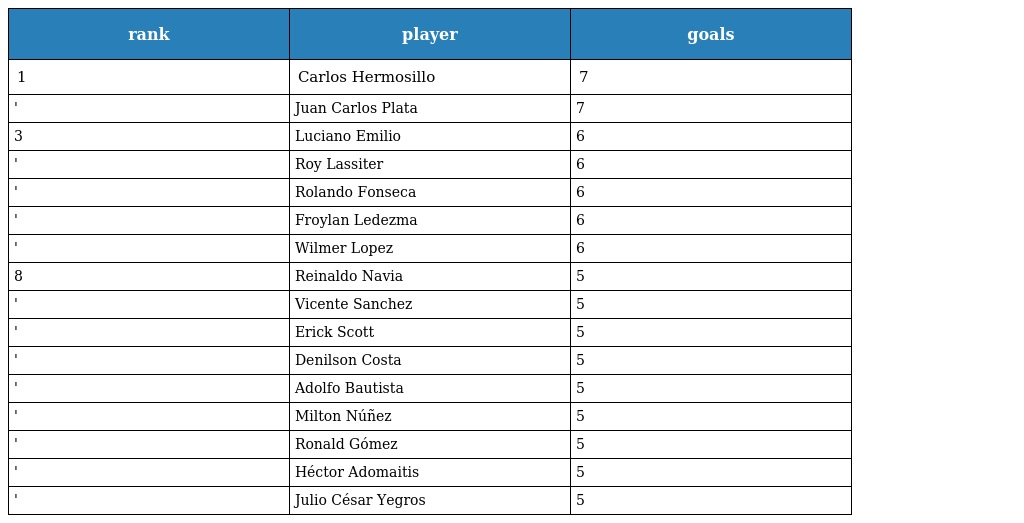
| rank | player | goals |
 | --- | --- | --- |
 | 1 | Carlos Hermosillo | 7 |
 | ' | Juan Carlos Plata | 7 |
 | 3 | Luciano Emilio | 6 |
 | ' | Roy Lassiter | 6 |
 | ' | Rolando Fonseca | 6 |
 | ' | Froylan Ledezma | 6 |
 | ' | Wilmer Lopez | 6 |
 | 8 | Reinaldo Navia | 5 |
 | ' | Vicente Sanchez | 5 |
 | ' | Erick Scott | 5 |
 | ' | Denilson Costa | 5 |
 | ' | Adolfo Bautista | 5 |
 | ' | Milton Núñez | 5 |
 | ' | Ronald Gómez | 5 |
 | ' | Héctor Adomaitis | 5 |
 | ' | Julio César Yegros | 5 |